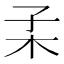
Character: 𣏍